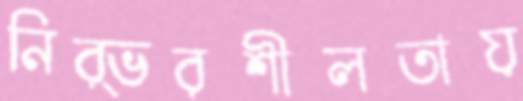
নির্ভরশীলতায়